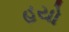
હયો